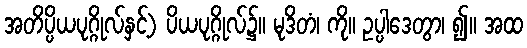
အတိပ္ပိယပုဂ္ဂိုလ်နှင့်) ပိယပုဂ္ဂိုလ်၌။ မုဒိတံ၊ ကို။ ဥပ္ပါဒေတွာ၊ ၍။ အထ